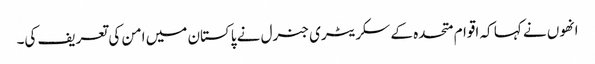
انھوں نے کہا کہ اقوام متحدہ کے سکریٹری جنرل نے پاکستان میں امن کی تعریف کی۔